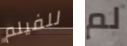
للفيلم لم